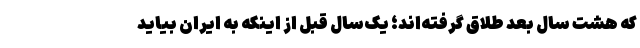
که هشت سال بعد طلاق گرفته‌اند؛ یک‌سال قبل از اینکه به ایران بیاید